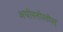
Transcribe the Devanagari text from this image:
अपोस्तोलोस्